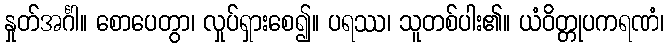
နှုတ်အင်္ဂါ။ စောပေတွာ၊ လှုပ်ရှားစေ၍။ ပရဿ၊ သူတစ်ပါး၏။ ယံဝိတ္တုပကရဏံ၊